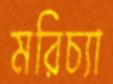
মরিচ্যা